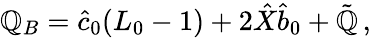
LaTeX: \mathbb{Q}_{B}=\hat{{c}}_{0}(L_{0}-1)+2\hat{{X}}\hat{{b}}_{0}+\tilde{{\mathbb{Q}}}\, ,